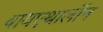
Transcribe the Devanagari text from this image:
बायएथालॉन